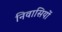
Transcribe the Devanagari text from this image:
निवासियों